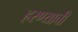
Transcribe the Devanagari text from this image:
हरण्याची